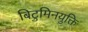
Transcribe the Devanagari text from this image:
बिटुमिनयुक्ति